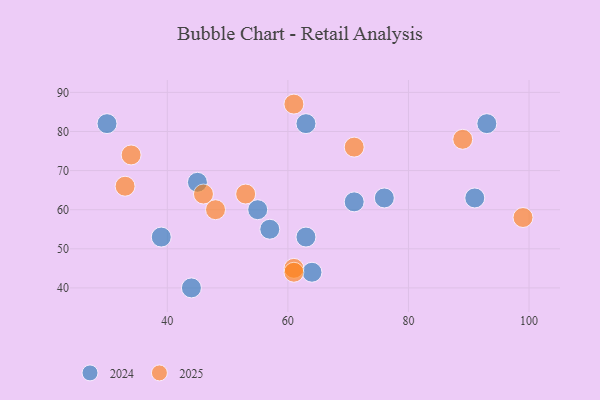
{"axis": {"x": "GDP", "y": "Life Expectancy"}, "legend": ["2024", "2025"], "data": [{"x": "91", "y": 63, "type": "2024"}, {"x": "55", "y": 60, "type": "2024"}, {"x": "45", "y": 67, "type": "2024"}, {"x": "76", "y": 63, "type": "2024"}, {"x": "44", "y": 40, "type": "2024"}, {"x": "30", "y": 82, "type": "2024"}, {"x": "57", "y": 55, "type": "2024"}, {"x": "93", "y": 82, "type": "2024"}, {"x": "63", "y": 82, "type": "2024"}, {"x": "64", "y": 44, "type": "2024"}, {"x": "63", "y": 53, "type": "2024"}, {"x": "39", "y": 53, "type": "2024"}, {"x": "71", "y": 62, "type": "2024"}, {"x": "61", "y": 45, "type": "2025"}, {"x": "71", "y": 76, "type": "2025"}, {"x": "61", "y": 44, "type": "2025"}, {"x": "46", "y": 64, "type": "2025"}, {"x": "53", "y": 64, "type": "2025"}, {"x": "33", "y": 66, "type": "2025"}, {"x": "61", "y": 87, "type": "2025"}, {"x": "48", "y": 60, "type": "2025"}, {"x": "34", "y": 74, "type": "2025"}, {"x": "99", "y": 58, "type": "2025"}, {"x": "89", "y": 78, "type": "2025"}]}